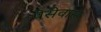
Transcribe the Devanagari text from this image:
पेसेवास